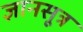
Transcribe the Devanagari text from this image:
ज्ञानसूत्र